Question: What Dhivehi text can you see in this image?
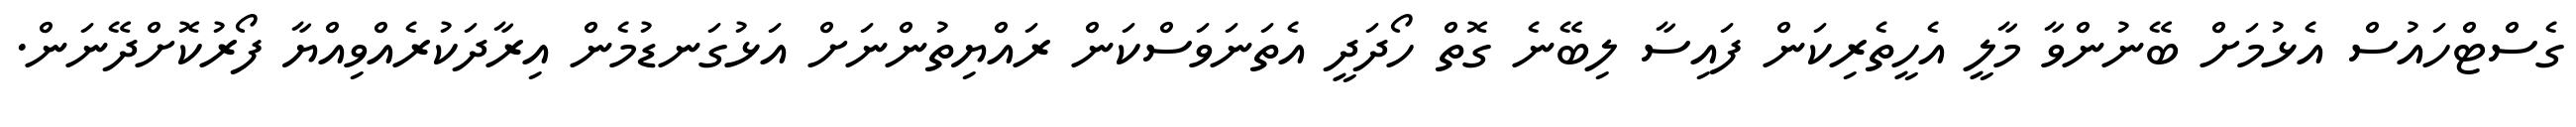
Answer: ގެސްޓްހައުސް އެޅުމަށް ބޭނުންވާ މާލީ އެހީތެރިކަން ފައިސާ ލިބޭނެ ގޮތް ހޯދަދީ އެތަނަވަސްކަން ރައްޔިތުންނަށް އަޅުގަނޑުމެން އިރާދަކުރެއްވިއްޔާ ފޯރުކޮށްދޭނަން.